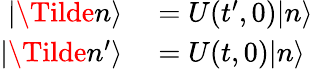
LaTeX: \begin{array}{rl}{|\Tilde{n}\rangle}&{{}=U(t^{\prime},0)|n\rangle}\\ {|\Tilde{n}^{\prime}\rangle}&{{}=U(t,0)|n\rangle}\end{array}